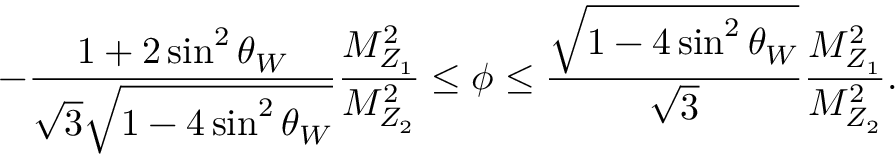
- \frac { 1 + 2 \sin ^ { 2 } \theta _ { W } } { \sqrt 3 \sqrt { 1 - 4 \sin ^ { 2 } \theta _ { W } } } \frac { M _ { Z _ { 1 } } ^ { 2 } } { M _ { Z _ { 2 } } ^ { 2 } } \leq \phi \leq \frac { \sqrt { 1 - 4 \sin ^ { 2 } \theta _ { W } } } { \sqrt 3 } \frac { M _ { Z _ { 1 } } ^ { 2 } } { M _ { Z _ { 2 } } ^ { 2 } } .